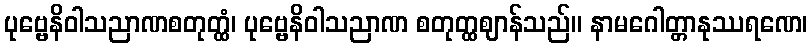
ပုဗ္ဗေနိဝါသညာဏစတုတ္ထံ၊ ပုဗ္ဗေနိဝါသညာဏ စတုတ္ထဈာန်သည်။ နာမဂေါတ္တာနုဿရဏေ၊